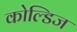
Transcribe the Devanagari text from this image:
कोल्डिज